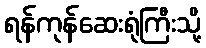
ရန်ကုန်ဆေးရုံကြီးသို့